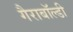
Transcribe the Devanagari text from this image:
गैराबॉल्डी